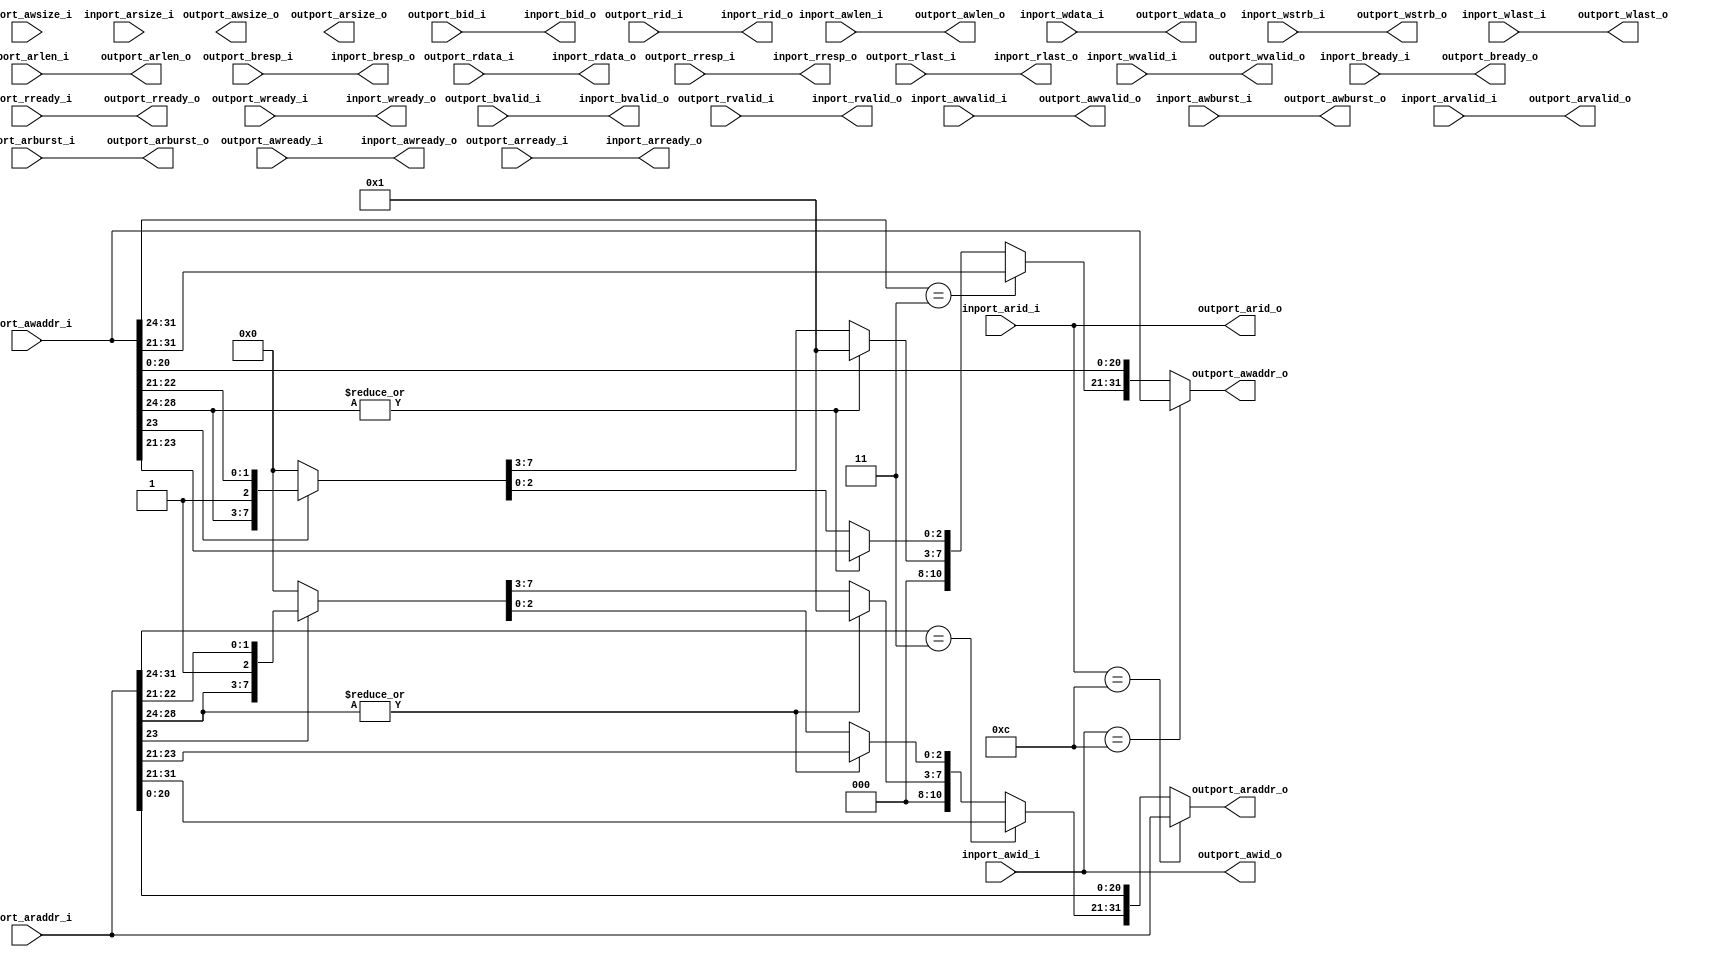
//-----------------------------------------------------------------
// Copyright (c) 2021, admin@ultra-embedded.com
// All rights reserved.
// 
// Redistribution and use in source and binary forms, with or without
// modification, are permitted provided that the following conditions 
// are met:
//   - Redistributions of source code must retain the above copyright
//     notice, this list of conditions and the following disclaimer.
//   - Redistributions in binary form must reproduce the above copyright
//     notice, this list of conditions and the following disclaimer 
//     in the documentation and/or other materials provided with the 
//     distribution.
//   - Neither the name of the author nor the names of its contributors 
//     may be used to endorse or promote products derived from this 
//     software without specific prior written permission.
// 
// THIS SOFTWARE IS PROVIDED BY THE COPYRIGHT HOLDERS AND CONTRIBUTORS 
// "AS IS" AND ANY EXPRESS OR IMPLIED WARRANTIES, INCLUDING, BUT NOT 
// LIMITED TO, THE IMPLIED WARRANTIES OF MERCHANTABILITY AND FITNESS FOR 
// A PARTICULAR PURPOSE ARE DISCLAIMED. IN NO EVENT SHALL THE AUTHOR BE 
// LIABLE FOR ANY DIRECT, INDIRECT, INCIDENTAL, SPECIAL, EXEMPLARY, OR 
// CONSEQUENTIAL DAMAGES (INCLUDING, BUT NOT LIMITED TO, PROCUREMENT OF 
// SUBSTITUTE GOODS OR SERVICES; LOSS OF USE, DATA, OR PROFITS; OR 
// BUSINESS INTERRUPTION) HOWEVER CAUSED AND ON ANY THEORY OF 
// LIABILITY, WHETHER IN CONTRACT, STRICT LIABILITY, OR TORT
// (INCLUDING NEGLIGENCE OR OTHERWISE) ARISING IN ANY WAY OUT OF 
// THE USE OF THIS SOFTWARE, EVEN IF ADVISED OF THE POSSIBILITY OF 
// SUCH DAMAGE.
//-----------------------------------------------------------------
module mem_remap
(
    // Inputs
     input           inport_awvalid_i
    ,input  [ 31:0]  inport_awaddr_i
    ,input  [  3:0]  inport_awid_i
    ,input  [  7:0]  inport_awlen_i
    ,input  [  1:0]  inport_awburst_i
    ,input  [  2:0]  inport_awsize_i
    ,input           inport_wvalid_i
    ,input  [ 31:0]  inport_wdata_i
    ,input  [  3:0]  inport_wstrb_i
    ,input           inport_wlast_i
    ,input           inport_bready_i
    ,input           inport_arvalid_i
    ,input  [ 31:0]  inport_araddr_i
    ,input  [  3:0]  inport_arid_i
    ,input  [  7:0]  inport_arlen_i
    ,input  [  1:0]  inport_arburst_i
    ,input  [  2:0]  inport_arsize_i
    ,input           inport_rready_i
    ,input           outport_awready_i
    ,input           outport_wready_i
    ,input           outport_bvalid_i
    ,input  [  1:0]  outport_bresp_i
    ,input  [  3:0]  outport_bid_i
    ,input           outport_arready_i
    ,input           outport_rvalid_i
    ,input  [ 31:0]  outport_rdata_i
    ,input  [  1:0]  outport_rresp_i
    ,input  [  3:0]  outport_rid_i
    ,input           outport_rlast_i

    // Outputs
    ,output          inport_awready_o
    ,output          inport_wready_o
    ,output          inport_bvalid_o
    ,output [  1:0]  inport_bresp_o
    ,output [  3:0]  inport_bid_o
    ,output          inport_arready_o
    ,output          inport_rvalid_o
    ,output [ 31:0]  inport_rdata_o
    ,output [  1:0]  inport_rresp_o
    ,output [  3:0]  inport_rid_o
    ,output          inport_rlast_o
    ,output          outport_awvalid_o
    ,output [ 31:0]  outport_awaddr_o
    ,output [  3:0]  outport_awid_o
    ,output [  7:0]  outport_awlen_o
    ,output [  1:0]  outport_awburst_o
    ,output [  2:0]  outport_awsize_o
    ,output          outport_wvalid_o
    ,output [ 31:0]  outport_wdata_o
    ,output [  3:0]  outport_wstrb_o
    ,output          outport_wlast_o
    ,output          outport_bready_o
    ,output          outport_arvalid_o
    ,output [ 31:0]  outport_araddr_o
    ,output [  3:0]  outport_arid_o
    ,output [  7:0]  outport_arlen_o
    ,output [  1:0]  outport_arburst_o
    ,output [  2:0]  outport_arsize_o
    ,output          outport_rready_o
);



//  KUSEG     KSEG0     KSEG1
//  00000000h 80000000h A0000000h  2048K  Main RAM (first 64K reserved for BIOS)
//  1F000000h 9F000000h BF000000h  8192K  Expansion Region 1 (ROM/RAM)
//  1F800000h 9F800000h    --      1K     Scratchpad (D-Cache used as Fast RAM)
//  1F801000h 9F801000h BF801000h  8K     I/O Ports
//  1F802000h 9F802000h BF802000h  8K     Expansion Region 2 (I/O Ports)
//  1FA00000h 9FA00000h BFA00000h  2048K  Expansion Region 3 (SRAM BIOS region for DTL cards)
//  1FC00000h 9FC00000h BFC00000h  512K   BIOS ROM (Kernel) (4096K max)
//        FFFE0000h (KSEG2)        0.5K   I/O Ports (Cache Control)

//--------------------------------------------------------------------
// Write address remapping
//--------------------------------------------------------------------  
reg [31:0] awaddr_r;

always @ *
begin
    awaddr_r = inport_awaddr_i;

    // Debugger - no translate
    if (inport_awid_i == 4'hC)
        awaddr_r = inport_awaddr_i;
    // Direct VRAM access
    else if (inport_awaddr_i[31:24] == 8'h03)
        awaddr_r = inport_awaddr_i;
    // 0x00000000 - 0x00FFFFFF -> 0x00000000 [16MB]
    // 0x1F000000 - 0x1FFFFFFF -> 0x01000000 [16MB]
    else if (|inport_awaddr_i[28:24])
        awaddr_r[31:24] = 8'h01;
    // Main RAM (2MB mirrored)
    else if (!inport_awaddr_i[23])
        awaddr_r[31:21] = 11'b0;
    else
        awaddr_r[31:29] = 3'b0;
end

assign outport_awaddr_o  = awaddr_r;

//--------------------------------------------------------------------
// Read address remapping
//--------------------------------------------------------------------  
reg [31:0] araddr_r;

always @ *
begin
    araddr_r = inport_araddr_i;

    // Debugger - no translate
    if (inport_arid_i == 4'hC)
        araddr_r = inport_araddr_i;
    // Direct VRAM access
    else if (inport_araddr_i[31:24] == 8'h03)
        araddr_r = inport_araddr_i;
    // 0x00000000 - 0x00FFFFFF -> 0x00000000 [16MB]
    // 0x1F000000 - 0x1FFFFFFF -> 0x01000000 [16MB]
    else if (|inport_araddr_i[28:24])
        araddr_r[31:24] = 8'h01;
    // Main RAM (2MB mirrored)
    else if (!inport_araddr_i[23])
        araddr_r[31:21] = 11'b0;
    else
        araddr_r[31:29] = 3'b0;
end

assign outport_araddr_o  = araddr_r;

//--------------------------------------------------------------------
// Straight through
//--------------------------------------------------------------------  
// In -> Out
assign outport_awvalid_o = inport_awvalid_i;
assign outport_awid_o    = inport_awid_i;
assign outport_awlen_o   = inport_awlen_i;
assign outport_awburst_o = inport_awburst_i;
assign outport_wvalid_o  = inport_wvalid_i;
assign outport_wdata_o   = inport_wdata_i;
assign outport_wstrb_o   = inport_wstrb_i;
assign outport_wlast_o   = inport_wlast_i;
assign outport_bready_o  = inport_bready_i;
assign outport_arvalid_o = inport_arvalid_i;
assign outport_arid_o    = inport_arid_i;
assign outport_arlen_o   = inport_arlen_i;
assign outport_arburst_o = inport_arburst_i;
assign outport_rready_o  = inport_rready_i;

// Out -> In
assign inport_awready_o  = outport_awready_i;
assign inport_wready_o   = outport_wready_i;
assign inport_bvalid_o   = outport_bvalid_i;
assign inport_bresp_o    = outport_bresp_i;
assign inport_bid_o      = outport_bid_i;
assign inport_arready_o  = outport_arready_i;
assign inport_rvalid_o   = outport_rvalid_i;
assign inport_rdata_o    = outport_rdata_i;
assign inport_rresp_o    = outport_rresp_i;
assign inport_rid_o      = outport_rid_i;
assign inport_rlast_o    = outport_rlast_i;


endmodule